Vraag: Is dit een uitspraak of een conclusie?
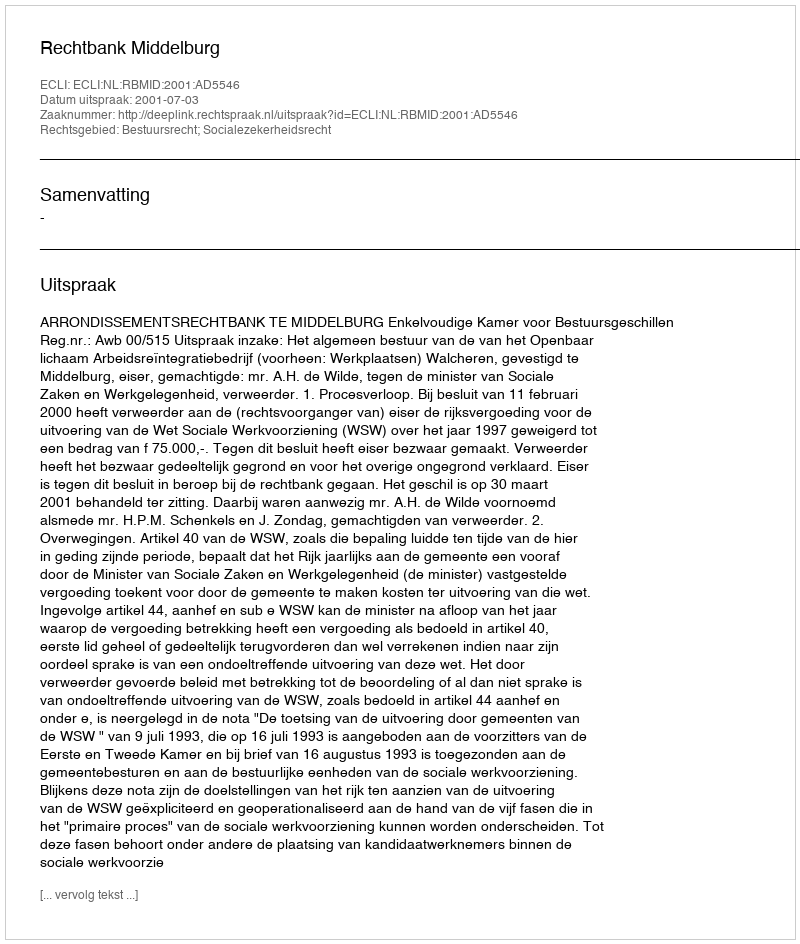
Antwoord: Uitspraak